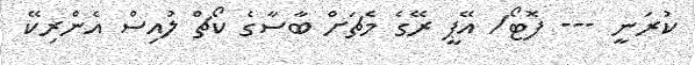
ކުރަނީ --- ފޮޓޯ/ އޭޕީ ރޭގެ މެޗަށް ބާސާގެ ކޯޗް ލުއިސް އެންރިކޭ